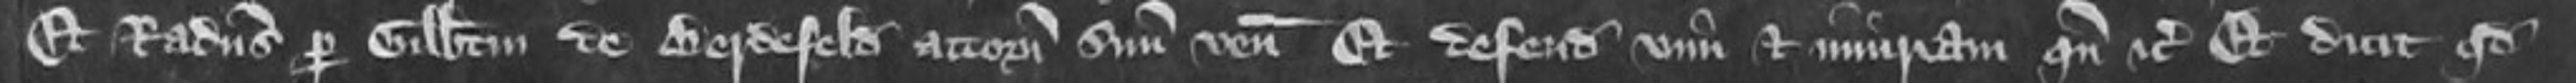
Et Radulphus per Gilbertum de Berdefeld attornatum suum venit et defendit vim et iniuriam quando etc Et dicit quod